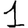
Digit: 1